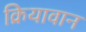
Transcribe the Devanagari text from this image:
क्रियावान